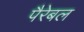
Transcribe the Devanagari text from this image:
पैरेबल